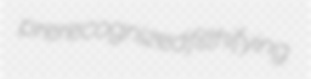
prerecognized filthifying